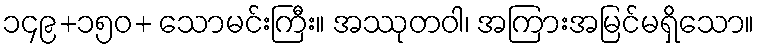
၁၄၉+၁၅၀+ သောမင်းကြီး။ အဿုတဝါ၊ အကြားအမြင်မရှိသော။